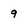
Character: 9